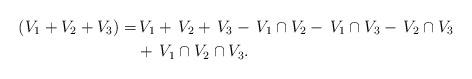
LaTeX: \begin{align*}\,(V_1+V_2+V_3)=&\,V_1+\,V_2+\,V_3-\,V_1\cap V_2-\,V_1\cap V_3-\,V_2\cap V_3 \\&+\,V_1\cap V_2\cap V_3.\end{align*}